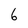
Character: 6